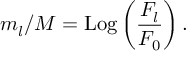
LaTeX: m _ { l } / M = \mathrm { L o g } \left( \frac { F _ { l } } { F _ { 0 } } \right) .